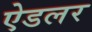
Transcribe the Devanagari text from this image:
ऐडलर